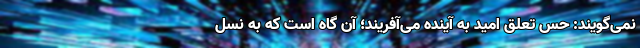
نمی‌گویند: حس تعلق امید به آینده می‌آفریند؛ ‌آن گاه است که به نسل